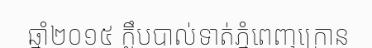
ឆ្នាំ២០១៥ ក្លឹបបាល់ទាត់ភ្នំពេញក្រោន